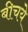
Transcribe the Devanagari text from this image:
बीचये